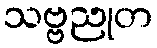
သဗ္ဗညုတ